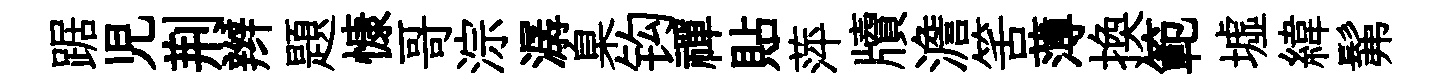
踞児荆辫題慷哥淙潺臬钩禪貼萍牘澹筈薄換範墟緯髴